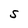
Character: S